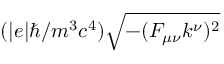
( | e | \hbar / m ^ { 3 } c ^ { 4 } ) \sqrt { - ( F _ { \mu \nu } k ^ { \nu } ) ^ { 2 } }